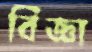
বিজ্ঞা